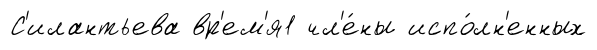
С'илантьева вр'ем'я1 чл'е́ны испо́лн'енных